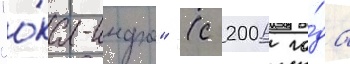
"о́ка-инфо" (с 2006 го́да